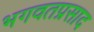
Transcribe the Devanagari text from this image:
भगवतप्रसाद